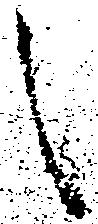
之